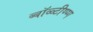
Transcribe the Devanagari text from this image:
ब्बॉळ्टीण्ग्ग